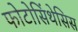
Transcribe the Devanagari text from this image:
फोटोसिंथेसिस